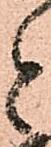
と